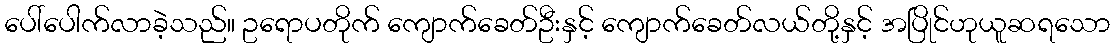
ပေါ်ပေါက်လာခဲ့သည်။ ဥရောပတိုက် ကျောက်ခေတ်ဦးနှင့် ကျောက်ခေတ်လယ်တို့နှင့် အပြိုင်ဟုယူဆရသော